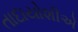
તાદાયોશીએ